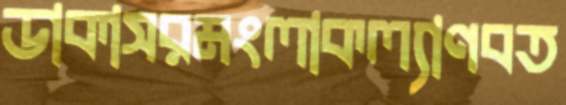
ডাকাসরমংলাকল্যাণবত